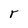
Character: r